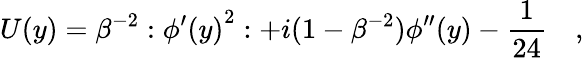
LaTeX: U(y)=\beta^{-2}:{\phi^{\prime}(y)}^{2}:+i(1-\beta^{-2})\phi^{\prime\prime}(y)-\frac{1}{24}\quad,